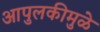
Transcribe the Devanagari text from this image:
आपुलकीमुळे